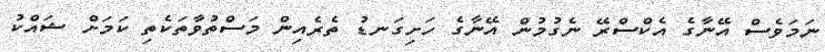
ނަމަވެސް އޭނާގެ އެކްސްރޭ ނެގުމުން އޭނާގެ ހަށިގަނޑު ތެރެއިން މަސްތުވާތަކެތި ކަމަށް ޝައްކު